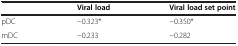
<table><thead><tr><td><b> </b></td><td><b>Viral load</b></td><td><b>Viral load set point</b></td></tr></thead><tbody><tr><td>pDC</td><td>-0.323*</td><td>-0.350*</td></tr><tr><td>mDC</td><td>-0.233</td><td>-0.282</td></tr></tbody></table>